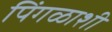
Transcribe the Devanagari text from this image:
पिंगळाशी